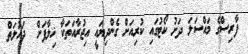
ފާރިސްގެ މައްސަލަ ދަށު ކޯޓުގައި ކުރިއަށް ގެންދިޔައީ އިޖުރާއަތަކާ ޚިލާފަށް  ދައުލަތް